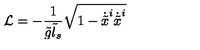
{ \cal L } = - \frac { 1 } { \tilde { g } \tilde { l } _ { s } } \sqrt { 1 - \dot { \tilde { x } } ^ { i } \dot { \tilde { x } } ^ { i } }